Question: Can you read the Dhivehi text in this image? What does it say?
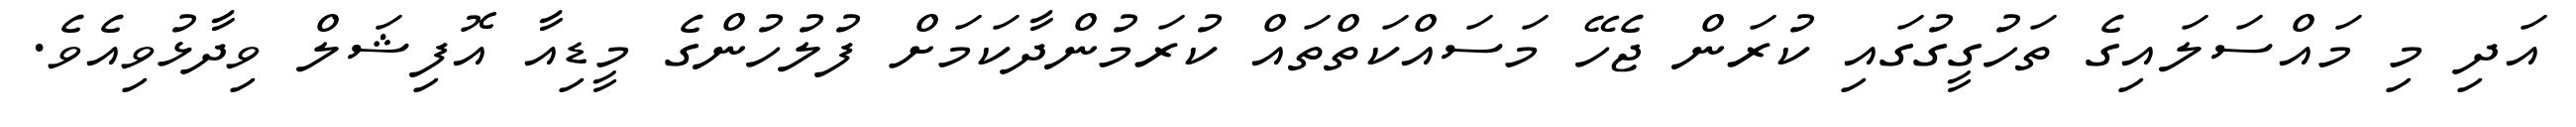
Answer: އަދި މި މައްސަލައިގެ ތަހުގީގުގައި ކުރަން ޖެހޭ މަސައްކަތްތައް ކުރަމުންދާކަމަށް ފުލުހުންގެ މީޑިއާ އޮފިޝަލް ވިދާޅުވިއެވެ.